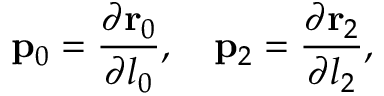
{ \bf p } _ { 0 } = { \frac { \partial { \bf r } _ { 0 } } { \partial l _ { 0 } } } , \quad { \bf p } _ { 2 } = { \frac { \partial { \bf r } _ { 2 } } { \partial l _ { 2 } } } ,